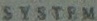
SYSTEM